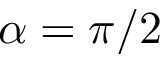
\alpha = \pi / 2